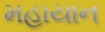
મહાયાન